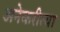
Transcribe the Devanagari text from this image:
अनेकरीत्या